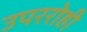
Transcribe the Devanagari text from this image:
उपररोही